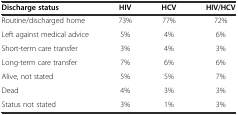
| Discharge status | HIV | HCV | HIV/HCV |
 | --- | --- | --- | --- |
 | Routine/discharged home | 73% | 77% | 72% |
 | Left against medical advice | 5% | 4% | 6% |
 | Short-term care transfer | 3% | 4% | 3% |
 | Long-term care transfer | 7% | 6% | 6% |
 | Alive, not stated | 5% | 5% | 7% |
 | Dead | 4% | 3% | 3% |
 | Status not stated | 3% | 1% | 3% |